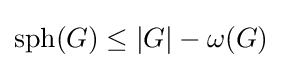
\operatorname {sph} (G)\leq |G|-\omega (G)